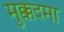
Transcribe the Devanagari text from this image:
मुक्कदमा